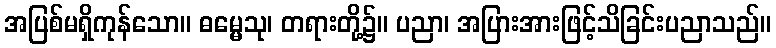
အပြစ်မရှိကုန်သော။ ဓမ္မေသု၊ တရားတို့၌။ ပညာ၊ အပြားအားဖြင့်သိခြင်းပညာသည်။